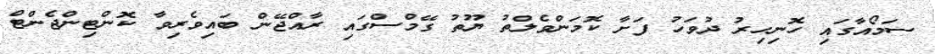
ސަމޯއާގައި ހޮނިހިރު ދުވަހު ފަށާ ކޮމަންވެލްތު ޔޫތު ގޭމްސްގައި ރާއްޖޭން ބައިވެރިވާ ކޮންޓިންޖެންޓް